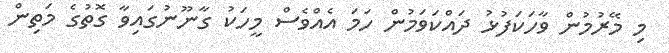
މި މޭރުމުން ވާހަކަފުޅު ދައްކަވަމުން ހަމަ އެއްވެސް މީހަކު ގާނޫނުގައިވާ ގޮތުގެ މަތިން